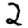
Digit: 2